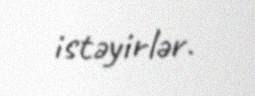
istəyirlər.